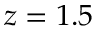
z = 1 . 5